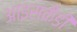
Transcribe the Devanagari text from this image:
आइसकैंडी